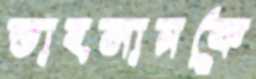
তাহসানকে